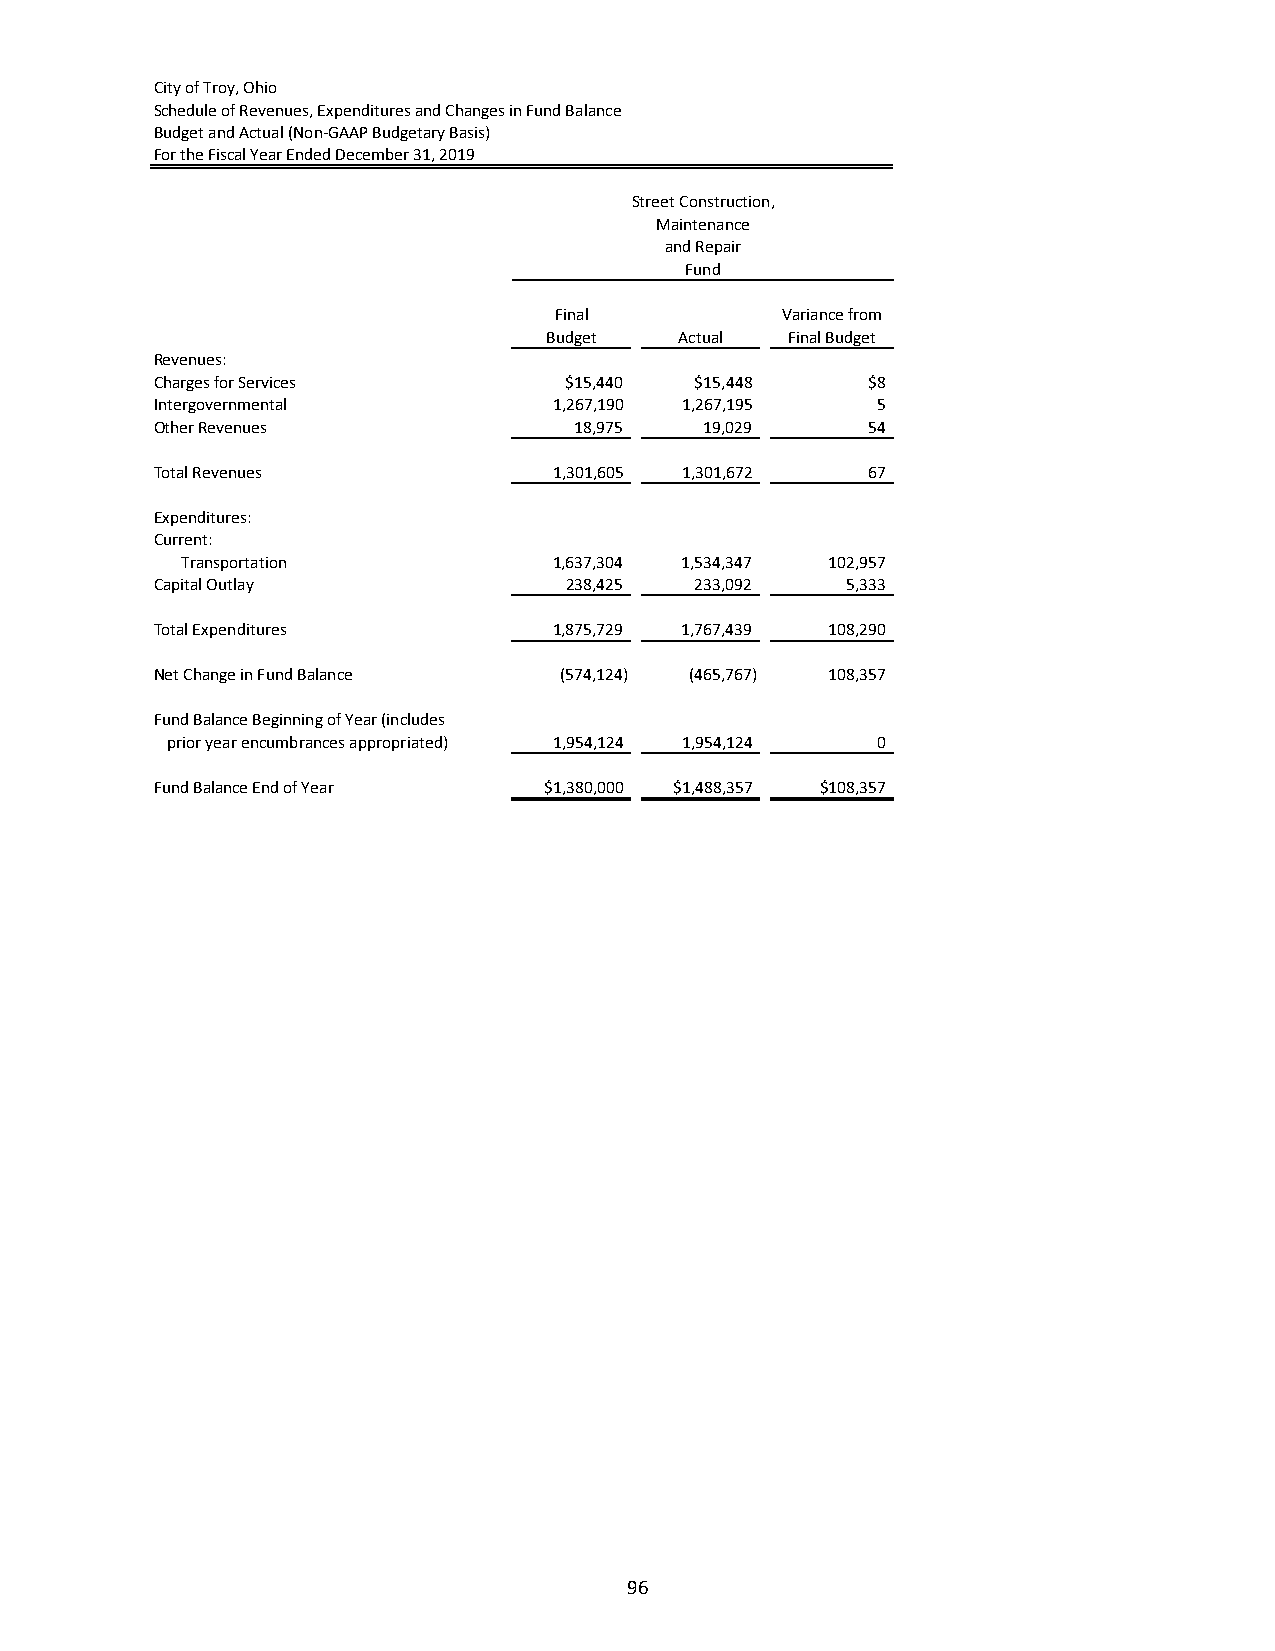
City of Troy, Ohio
 Schedule of Revenues, Expenditures and Changes in Fund Balance
 Budget and Actual (Non‐GAAP Budgetary Basis)
 For the Fiscal Year Ended December 31, 2019
 Street Construction,
 Maintenance
 and Repair
 Fund
 Final          Variance from
 Budget   Actual Final Budget
 Revenues:
 Charges for Services       $15,440  $15,448    $8
 Intergovernmental          1,267,190 1,267,195  5
 Other Revenues              18,975   19,029    54
 Total Revenues             1,301,605 1,301,672 67
 Expenditures:
 Current:
 Transportation           1,637,304 1,534,347 102,957
 Capital Outlay             238,425  233,092   5,333
 Total Expenditures         1,875,729 1,767,439 108,290
 Net Change in Fund Balance (574,124) (465,767) 108,357
 Fund Balance Beginning of Year (includes
 prior year encumbrances appropriated) 1,954,124 1,954,124 0
 Fund Balance End of Year  $1,380,000 $1,488,357 $108,357
 96